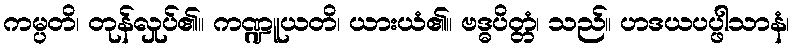
ကမ္ပတိ၊ တုန်လှုပ်၏။ ကဏ္ဍူယတိ၊ ယားယံ၏။ ဗဒ္ဓပိတ္တံ၊ သည်။ ဟဒယပပ္ဖါသာနံ၊